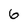
Character: 6